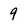
Character: 9